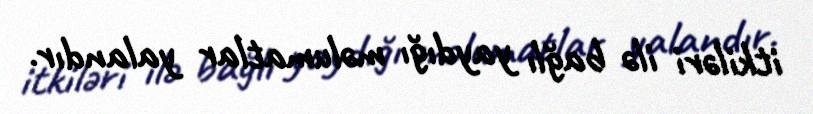
itkiləri ilə bağlı yaydığı məlumatlar yalandır.